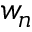
w _ { n }